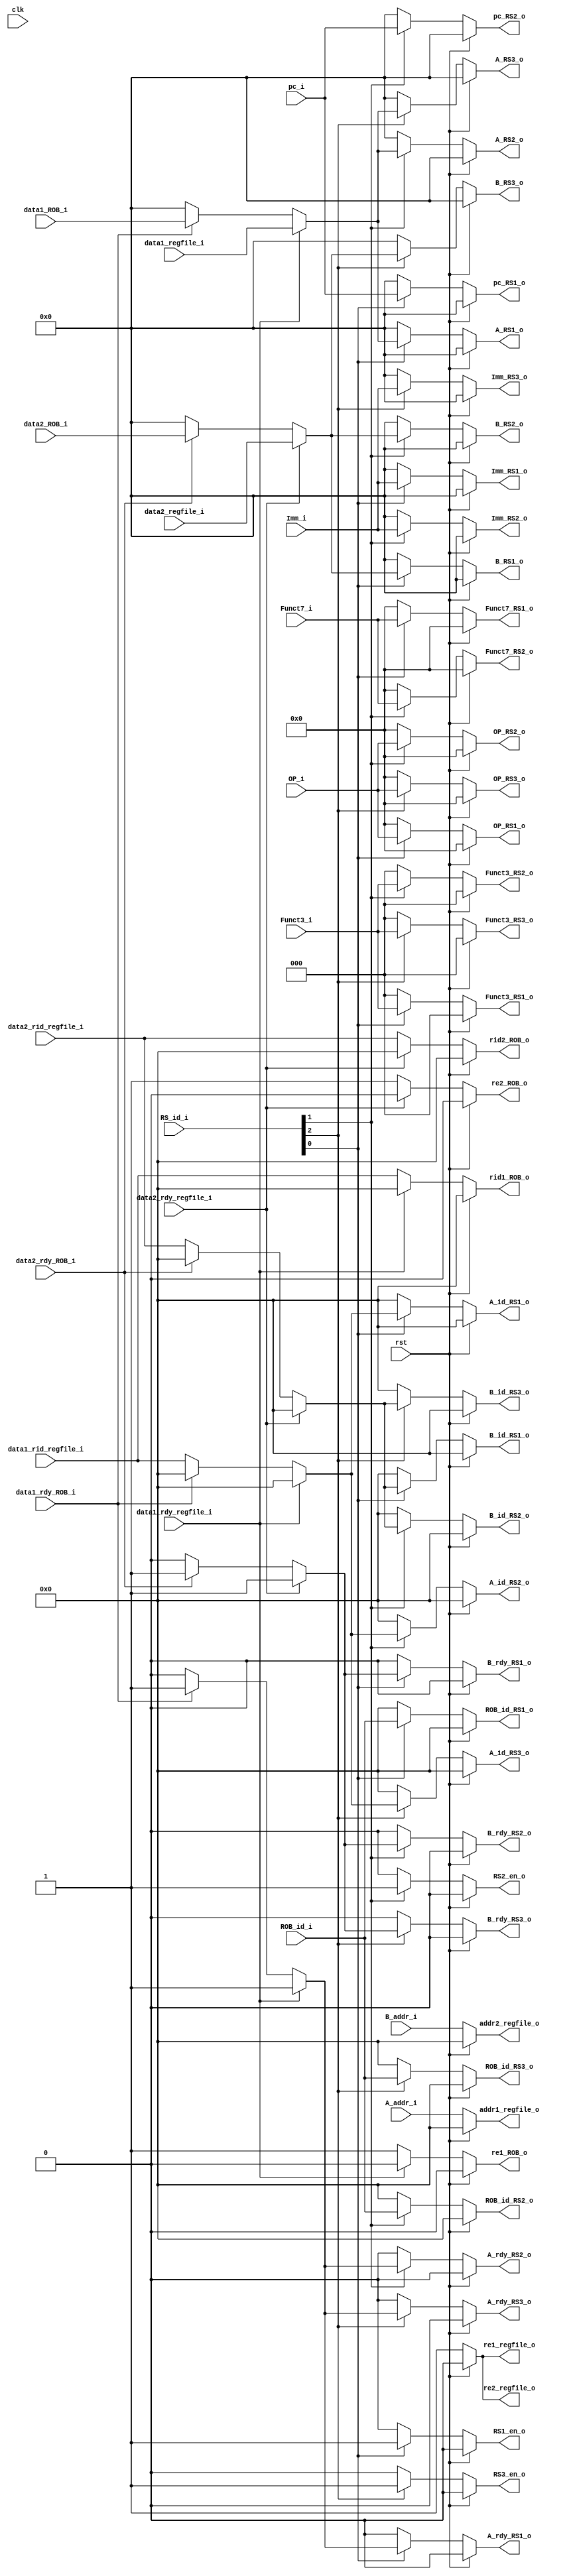
module fetch(
    input wire clk,
    input wire rst,

    input wire[2:0] RS_id_i,
    input wire[31:0] Imm_i,
    input wire[6:0] OP_i,
    input wire[6:0] Funct7_i,
    input wire[2:0] Funct3_i,
    input wire[4:0] ROB_id_i,
    input wire[31:0] pc_i,
    input wire[4:0] A_addr_i,
    input wire[4:0] B_addr_i,
    
    input wire data1_rdy_regfile_i,
    input wire data2_rdy_regfile_i,
    input wire[31:0] data1_regfile_i,
    input wire[31:0] data2_regfile_i,
    input wire[4:0] data1_rid_regfile_i,
    input wire[4:0] data2_rid_regfile_i,
    output reg re1_regfile_o,
    output reg re2_regfile_o,
    output reg[4:0] addr1_regfile_o,
    output reg[4:0] addr2_regfile_o,

    input wire data1_rdy_ROB_i,
    input wire data2_rdy_ROB_i,
    input wire[31:0] data1_ROB_i,
    input wire[31:0] data2_ROB_i,
    output reg re1_ROB_o,
    output reg re2_ROB_o,
    output reg[4:0] rid1_ROB_o,
    output reg[4:0] rid2_ROB_o,
    
    output reg RS1_en_o,
    output reg[31:0] A_RS1_o,
    output reg[31:0] B_RS1_o,
    output reg A_rdy_RS1_o,
    output reg B_rdy_RS1_o,
    output reg[4:0] A_id_RS1_o,
    output reg[4:0] B_id_RS1_o,
    output reg[31:0] Imm_RS1_o,
    output reg[6:0] OP_RS1_o,
    output reg[6:0] Funct7_RS1_o,
    output reg[2:0] Funct3_RS1_o,
    output reg[31:0] pc_RS1_o,
    output reg[4:0] ROB_id_RS1_o,

    output reg RS2_en_o,
    output reg[31:0] A_RS2_o,
    output reg[31:0] B_RS2_o,
    output reg A_rdy_RS2_o,
    output reg B_rdy_RS2_o,
    output reg[4:0] A_id_RS2_o,
    output reg[4:0] B_id_RS2_o,
    output reg[31:0] Imm_RS2_o,
    output reg[6:0] OP_RS2_o,
    output reg[6:0] Funct7_RS2_o,
    output reg[2:0] Funct3_RS2_o,
    output reg[31:0] pc_RS2_o,
    output reg[4:0] ROB_id_RS2_o,

    output reg RS3_en_o,
    output reg[31:0] A_RS3_o,
    output reg[31:0] B_RS3_o,
    output reg A_rdy_RS3_o,
    output reg B_rdy_RS3_o,
    output reg[4:0] A_id_RS3_o,
    output reg[4:0] B_id_RS3_o,
    output reg[31:0] Imm_RS3_o,
    output reg[6:0] OP_RS3_o,
    output reg[2:0] Funct3_RS3_o,
    output reg[4:0] ROB_id_RS3_o
);

reg[31:0] A_o, B_o;
reg A_rdy_o, B_rdy_o;
reg[4:0] A_id_o, B_id_o;

always @ (*) begin
    if (rst) begin
        re1_regfile_o = 1'b0;
        addr1_regfile_o = 5'b0;
        re1_ROB_o = 1'b0;
        rid1_ROB_o = 5'b0;
        A_o = 32'b0;
        A_rdy_o = 1'b0;
        A_id_o = 5'b0;
    end
    else begin
        re1_regfile_o = 1'b1;
        addr1_regfile_o = A_addr_i;
        if (data1_rdy_regfile_i) begin
            re1_ROB_o = 1'b0;
            rid1_ROB_o = 5'b0;
            A_o = data1_regfile_i;
            A_rdy_o = 1'b1;
            A_id_o = 5'b0;
        end
        else begin
            re1_ROB_o = 1'b1;
            rid1_ROB_o = data1_rid_regfile_i;
            if (data1_rdy_ROB_i) begin
                A_o = data1_ROB_i;
                A_rdy_o = 1'b1;
                A_id_o = 5'b0;
            end
            else begin
                A_o = 32'b0;
                A_rdy_o = 1'b0;
                A_id_o = data1_rid_regfile_i;
            end
        end        
    end
end

always @ (*) begin
    if (rst) begin
        re2_regfile_o = 1'b0;
        addr2_regfile_o = 5'b0;
        re2_ROB_o = 1'b0;
        rid2_ROB_o = 5'b0;
        B_o = 32'b0;
        B_rdy_o = 1'b0;
        B_id_o = 5'b0;
    end
    else begin
        re2_regfile_o = 1'b1;
        addr2_regfile_o = B_addr_i;
        if (data2_rdy_regfile_i) begin
            re2_ROB_o = 1'b0;
            rid2_ROB_o = 5'b0;
            B_o = data2_regfile_i;
            B_rdy_o = 1'b1;
            B_id_o = 5'b0;
        end
        else begin
            re2_ROB_o = 1'b1;
            rid2_ROB_o = data2_rid_regfile_i;
            if (data2_rdy_ROB_i) begin
                B_o = data2_ROB_i;
                B_rdy_o = 1'b1;
                B_id_o = 5'b0;
            end
            else begin
                B_o = 32'b0;
                B_rdy_o = 1'b0;
                B_id_o = data2_rid_regfile_i;
            end
        end        
    end
end

always @ (*) begin
    if (rst) begin
        RS1_en_o = 1'b0;
        A_RS1_o = 32'b0;
        B_RS1_o = 32'b0;
        A_rdy_RS1_o = 1'b0;
        B_rdy_RS1_o = 1'b0;
        A_id_RS1_o = 5'b0;
        B_id_RS1_o = 5'b0;
        Imm_RS1_o = 32'b0;
        OP_RS1_o = 7'b0;
        Funct7_RS1_o = 7'b0;
        Funct3_RS1_o = 3'b0;
        pc_RS1_o = 32'b0;
        ROB_id_RS1_o = 5'b0;

        RS2_en_o = 1'b0;
        A_RS2_o = 32'b0;
        B_RS2_o = 32'b0;
        A_rdy_RS2_o = 1'b0;
        B_rdy_RS2_o = 1'b0;
        A_id_RS2_o = 5'b0;
        B_id_RS2_o = 5'b0;
        Imm_RS2_o = 32'b0;
        OP_RS2_o = 7'b0;
        Funct7_RS2_o = 7'b0;
        Funct3_RS2_o = 3'b0;
        pc_RS2_o = 32'b0;
        ROB_id_RS2_o = 5'b0;

        RS3_en_o = 1'b0;
        A_RS3_o = 32'b0;
        B_RS3_o = 32'b0;
        A_rdy_RS3_o = 1'b0;
        B_rdy_RS3_o = 1'b0;
        A_id_RS3_o = 5'b0;
        B_id_RS3_o = 5'b0;
        Imm_RS3_o = 32'b0;
        OP_RS3_o = 7'b0;
        Funct3_RS3_o = 3'b0;
        ROB_id_RS3_o = 5'b0;
    end
    else begin
        RS1_en_o = 1'b0;
        A_RS1_o = 32'b0;
        B_RS1_o = 32'b0;
        A_rdy_RS1_o = 1'b0;
        B_rdy_RS1_o = 1'b0;
        A_id_RS1_o = 5'b0;
        B_id_RS1_o = 5'b0;
        Imm_RS1_o = 32'b0;
        OP_RS1_o = 7'b0;
        Funct7_RS1_o = 7'b0;
        Funct3_RS1_o = 3'b0;
        pc_RS1_o = 32'b0;
        ROB_id_RS1_o = 5'b0;
        
        RS2_en_o = 1'b0;
        A_RS2_o = 32'b0;
        B_RS2_o = 32'b0;
        A_rdy_RS2_o = 1'b0;
        B_rdy_RS2_o = 1'b0;
        A_id_RS2_o = 5'b0;
        B_id_RS2_o = 5'b0;
        Imm_RS2_o = 32'b0;
        OP_RS2_o = 7'b0;
        Funct7_RS2_o = 7'b0;
        Funct3_RS2_o = 3'b0;
        pc_RS2_o = 32'b0;
        ROB_id_RS2_o = 5'b0;

        RS3_en_o = 1'b0;
        A_RS3_o = 32'b0;
        B_RS3_o = 32'b0;
        A_rdy_RS3_o = 1'b0;
        B_rdy_RS3_o = 1'b0;
        A_id_RS3_o = 5'b0;
        B_id_RS3_o = 5'b0;
        Imm_RS3_o = 32'b0;
        OP_RS3_o = 7'b0;
        Funct3_RS3_o = 3'b0;
        ROB_id_RS3_o = 5'b0;

        if (RS_id_i[0]) begin
            RS1_en_o = 1'b1;
            A_RS1_o = A_o;
            B_RS1_o = B_o;
            A_rdy_RS1_o = A_rdy_o;
            B_rdy_RS1_o = B_rdy_o;
            A_id_RS1_o = A_id_o;
            B_id_RS1_o = B_id_o; 
            Imm_RS1_o = Imm_i;
            OP_RS1_o = OP_i;
            Funct7_RS1_o = Funct7_i;
            Funct3_RS1_o = Funct3_i;
            pc_RS1_o = pc_i;
            ROB_id_RS1_o = ROB_id_i;
        end
        if (RS_id_i[1]) begin
            RS2_en_o = 1'b1;
            A_RS2_o = A_o;
            B_RS2_o = B_o;
            A_rdy_RS2_o = A_rdy_o;
            B_rdy_RS2_o = B_rdy_o;
            A_id_RS2_o = A_id_o;
            B_id_RS2_o = B_id_o; 
            Imm_RS2_o = Imm_i;
            OP_RS2_o = OP_i;
            Funct7_RS2_o = Funct7_i;
            Funct3_RS2_o = Funct3_i;
            pc_RS2_o = pc_i;
            ROB_id_RS2_o = ROB_id_i;
        end
        if (RS_id_i[2]) begin
            RS3_en_o = 1'b1;
            A_RS3_o = A_o;
            B_RS3_o = B_o;
            A_rdy_RS3_o = A_rdy_o;
            B_rdy_RS3_o = B_rdy_o;
            A_id_RS3_o = A_id_o;
            B_id_RS3_o = B_id_o;
            Imm_RS3_o = Imm_i;
            OP_RS3_o = OP_i;
            Funct3_RS3_o = Funct3_i;
            ROB_id_RS3_o = ROB_id_i;
        end
    end
end
endmodule // fetch